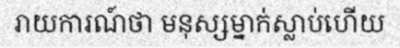
រាយការណ៍ថា មនុស្សម្នាក់ស្លាប់ហើយ